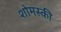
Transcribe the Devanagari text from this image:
शोमस्की